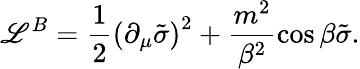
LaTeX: {\cal\mathscr{L}}^{B}=\frac{{1}}{{2}}\left(\partial_{\mu}\tilde{{\sigma}}\right)^{2}+\frac{{m^{2}}}{{\beta^{2}}}\cos\beta\tilde{{\sigma}}.